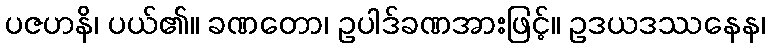
ပဇဟနိ၊ ပယ်၏။ ခဏတော၊ ဥပါဒ်ခဏအားဖြင့်။ ဥဒယဒဿနေန၊